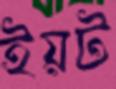
ইয়ট